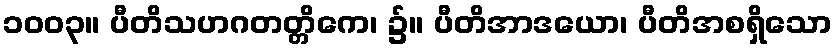
၁၀၀၃။ ပီတိသဟဂတတ္တိကေ၊ ၌။ ပီတိအာဒယော၊ ပီတိအစရှိသော